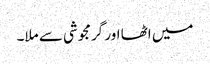
میں اٹھا اور گرمجوشی سے ملا۔